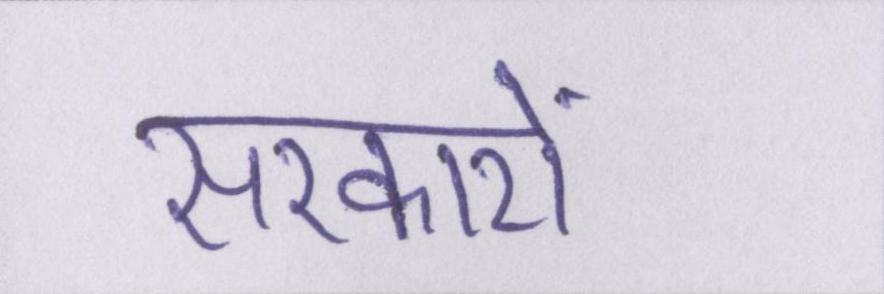
सरकारों